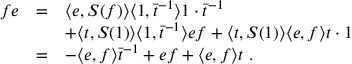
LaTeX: \begin{array} { r c l } { { f e } } & { { = } } & { { \langle e , S ( f ) \rangle \langle 1 , { \bar { t } } ^ { - 1 } \rangle 1 \cdot \bar { t } ^ { - 1 } } } \\ { { } } & { { } } & { { + \langle t , S ( 1 ) \rangle \langle 1 , \bar { t } ^ { - 1 } \rangle e f + \langle t , S ( 1 ) \rangle \langle e , f \rangle t \cdot 1 } } \\ { { } } & { { = } } & { { - \langle e , f \rangle { \bar { t } } ^ { - 1 } + e f + \langle e , f \rangle t ~ . } } \end{array}